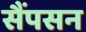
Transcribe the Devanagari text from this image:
सैंपसन